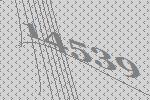
14539